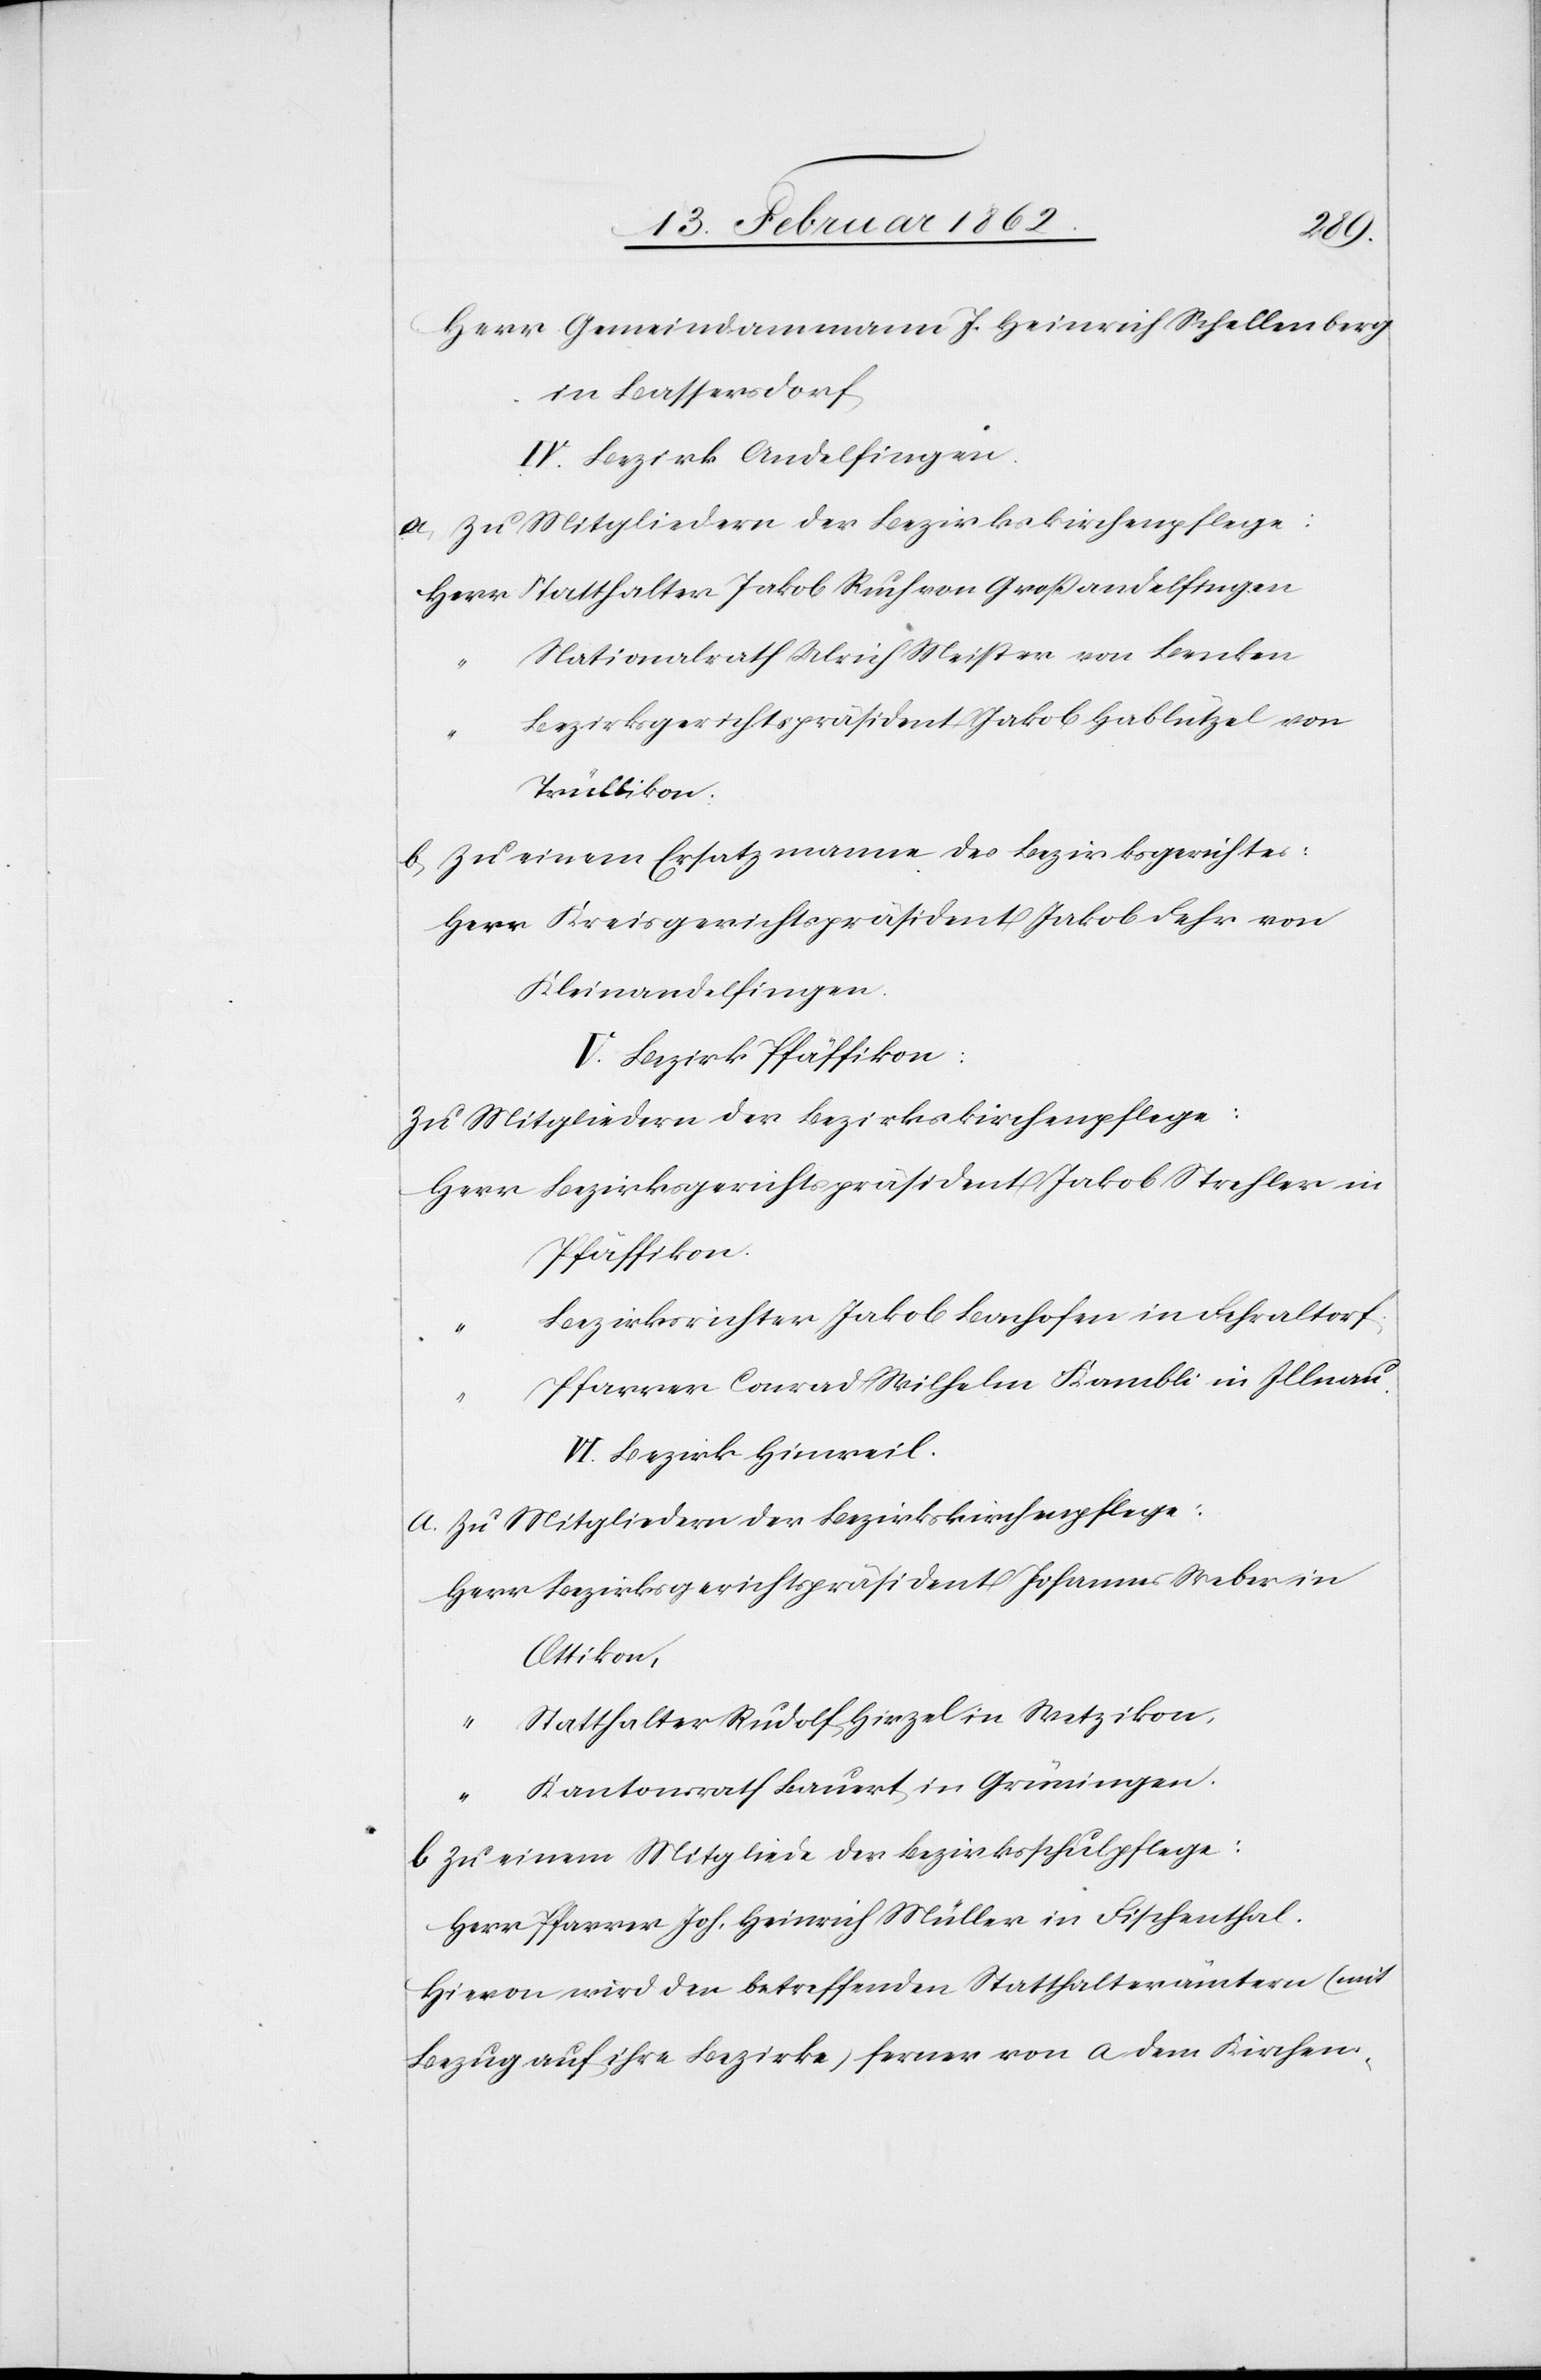
Herr Gemeindammann J. Heinrich Schellenberg
in Bassersdorf
IV. Bezirk Andelfingen.
a) Zu Mitgliedern der Bezirkskirchenpflege:
Herr Statthalter Jakob Ruch von Großandelfingen
Nationalrath Ulrich Weißer von Benken
Bezirksgerichtspräsident Jakob Hablützel von
Trüllikon.
b) Zu einem Ersatzmanne des Bezirksgerichtes:
Herr Kreisgerichtspräsident Jakob Fehr von
Kleinandelfingen.
V. Bezirk Pfäffikon:
Zu Mitgliedern der Bezirkskirchenpflege:
Herr Bezirksgerichtspräsident Jakob Strehler in
Pfäffikon.
Bezirksrichter Jakob Bachofen in Fehraltorf
Pfarrer Conrad Wilhelm Kambli in Illnau.
VI. Bezirk Hinweil.
Herr Bezirksgerichtspräsident Johannes Weber in
Ottikon,
Statthalter Rudolf Hirzel in Wetzikon,
“ Kantonsrath Bauert in Grüningen.
b) Zu einem Mitgliede der Bezirksschulpflege:
Herr Pfarrer Joh. Heinrich Müller in Fischenthal.
Hievon wird den betreffenden Statthalterämtern (mit
Bezug auf ihre Bezirke) ferner von a dem Kirchen-